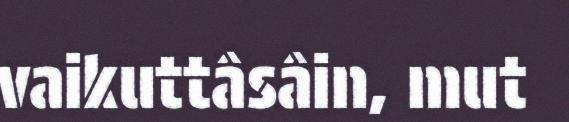
vaikuttâsâin, mut